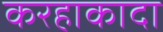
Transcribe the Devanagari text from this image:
करहाकादा